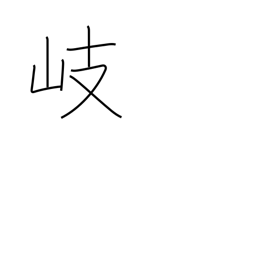
Meaning: branch off